Plague in India, 1896, 1897 - Volume 2
Year: 1896
Disease focus: Plague
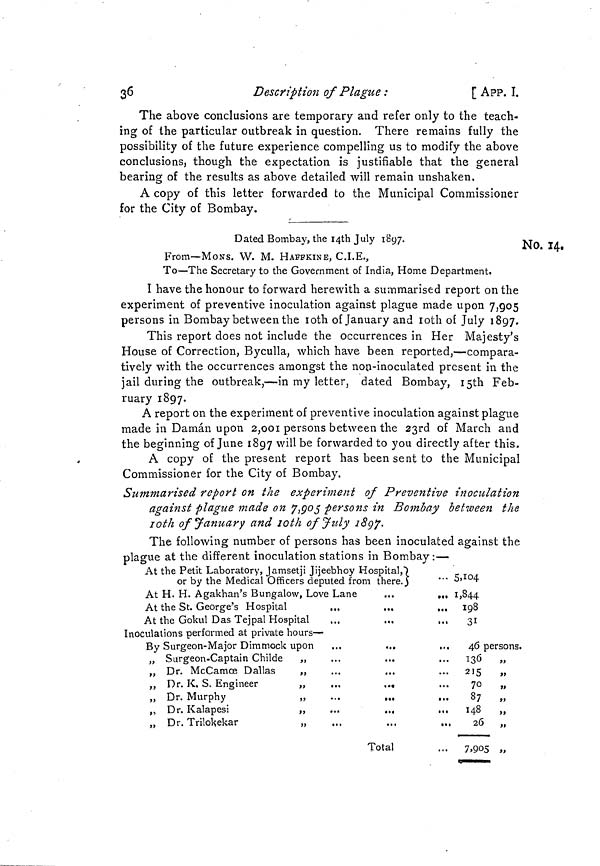
36
Description of Plague :
[ APP. I.
The above conclusions are temporary and refer only to the teach-
ing of the particular outbreak in question. There remains fully the
possibility of the future experience compelling us to modify the above
conclusions, though the expectation is justifiable that the general
bearing of the results as above detailed will remain unshaken.
A copy of this letter forwarded to the Municipal Commissioner
for the City of Bombay.
No. 14.
Dated Bombay, the I4th July 1897.
From—MONS. W. M. HAFFKINE, C.I.E.,
To—The Secretary to the Government of India, Home Department.
I have the honour to forward herewith a summarised report on the
experiment of preventive inoculation against plague made upon 7,905
persons in Bombay between the 10th of January and 10th of July 1897.
This report does not include the occurrences in Her Majesty's
House of Correction, Byculla, which have been reported,—compara-
tively with the occurrences amongst the non-inoculated present in the
jail during the outbreak,—in my letter, dated Bombay, 15th Feb-
ruary 1897.
A report on the experiment of preventive inoculation against plague
made in Daman upon 2,001 persons between the 23rd of March and
the beginning of June 1897 will be forwarded to you directly after this.
A copy of the present report has been sent to the Municipal
Commissioner for the City of Bombay.
Summarised report on the experiment of Preventive inoculation
against plague made on 7,903 persons in Bombay between the
10th of January and 10th of July 1897.
The following number of persons has been inoculated against the
plague at the different inoculation stations in Bombay :—
At the Petit Laboratory, Jamsetji Jijeebhoy Hospital,")
or by the Medical Officers deputed from there.)
At H. H. Agakhan's Bungalow, Love Lane
At the St. George's Hospital
At the Gokul Das Tejpal Hospital
Inoculations performed at private hours —
By Surgeon-Major Dimmock upon
...
,, Surgeon-Captain Childe
,
,, Dr. McCamce Dallas
,
,, Dr. K, S. Engineer
,
,, Dr. Murphy
,
,, Dr. Kalapesi
,
,, Dr. Trilokekar
,
...
...
...
...
...
...
..
...
Total
... 5,104
... 1,844
... 198
31
46 persons.
136
... 215
70
...
87
148
26
•••
7,905